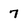
Character: 7